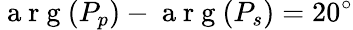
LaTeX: \mathrm{~a~r~g~}(P_{p})-\mathrm{~a~r~g~}(P_{s})=20^{\circ}